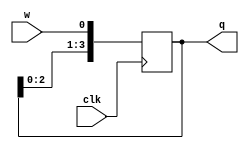
module shifter (w,clk,q);
input w,clk;
output reg [3:0]q;
always @ (posedge clk)
begin
q[0]<=w;
q[1]<=q[0];
q[2]<=q[1];
q[3]<=q[2];
end
endmodule